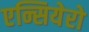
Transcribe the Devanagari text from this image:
एन्सियेरो